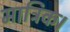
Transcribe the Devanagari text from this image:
मात्रिक।